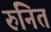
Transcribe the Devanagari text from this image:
रुनित